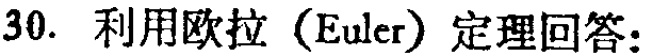
30. 利用欧拉（Euler）定理回答：